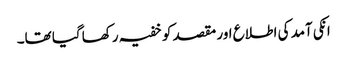
انکی آمد کی اطلاع اور مقصد کو خفیہ رکھا گیا تھا۔